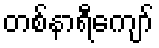
တစ်နာရီကျော်